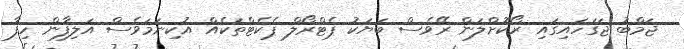
ޖަމްބު ޖަގަހައިގައި ރޯކޮށްލަން ރޭވެސް ބަޔަކު ޕެޓްރޯލް ޕެކެޓްތަކެއް އުކިނަމަވެސް އަލިފާން ހިފާ